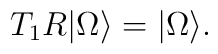
T_1R \vert \Omega \rangle= \vert \Omega \rangle .